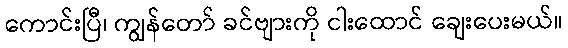
ကောင်းပြီ၊ ကျွန်တော် ခင်ဗျားကို ငါးထောင် ချေးပေးမယ်။